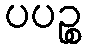
ပပဉ္စ